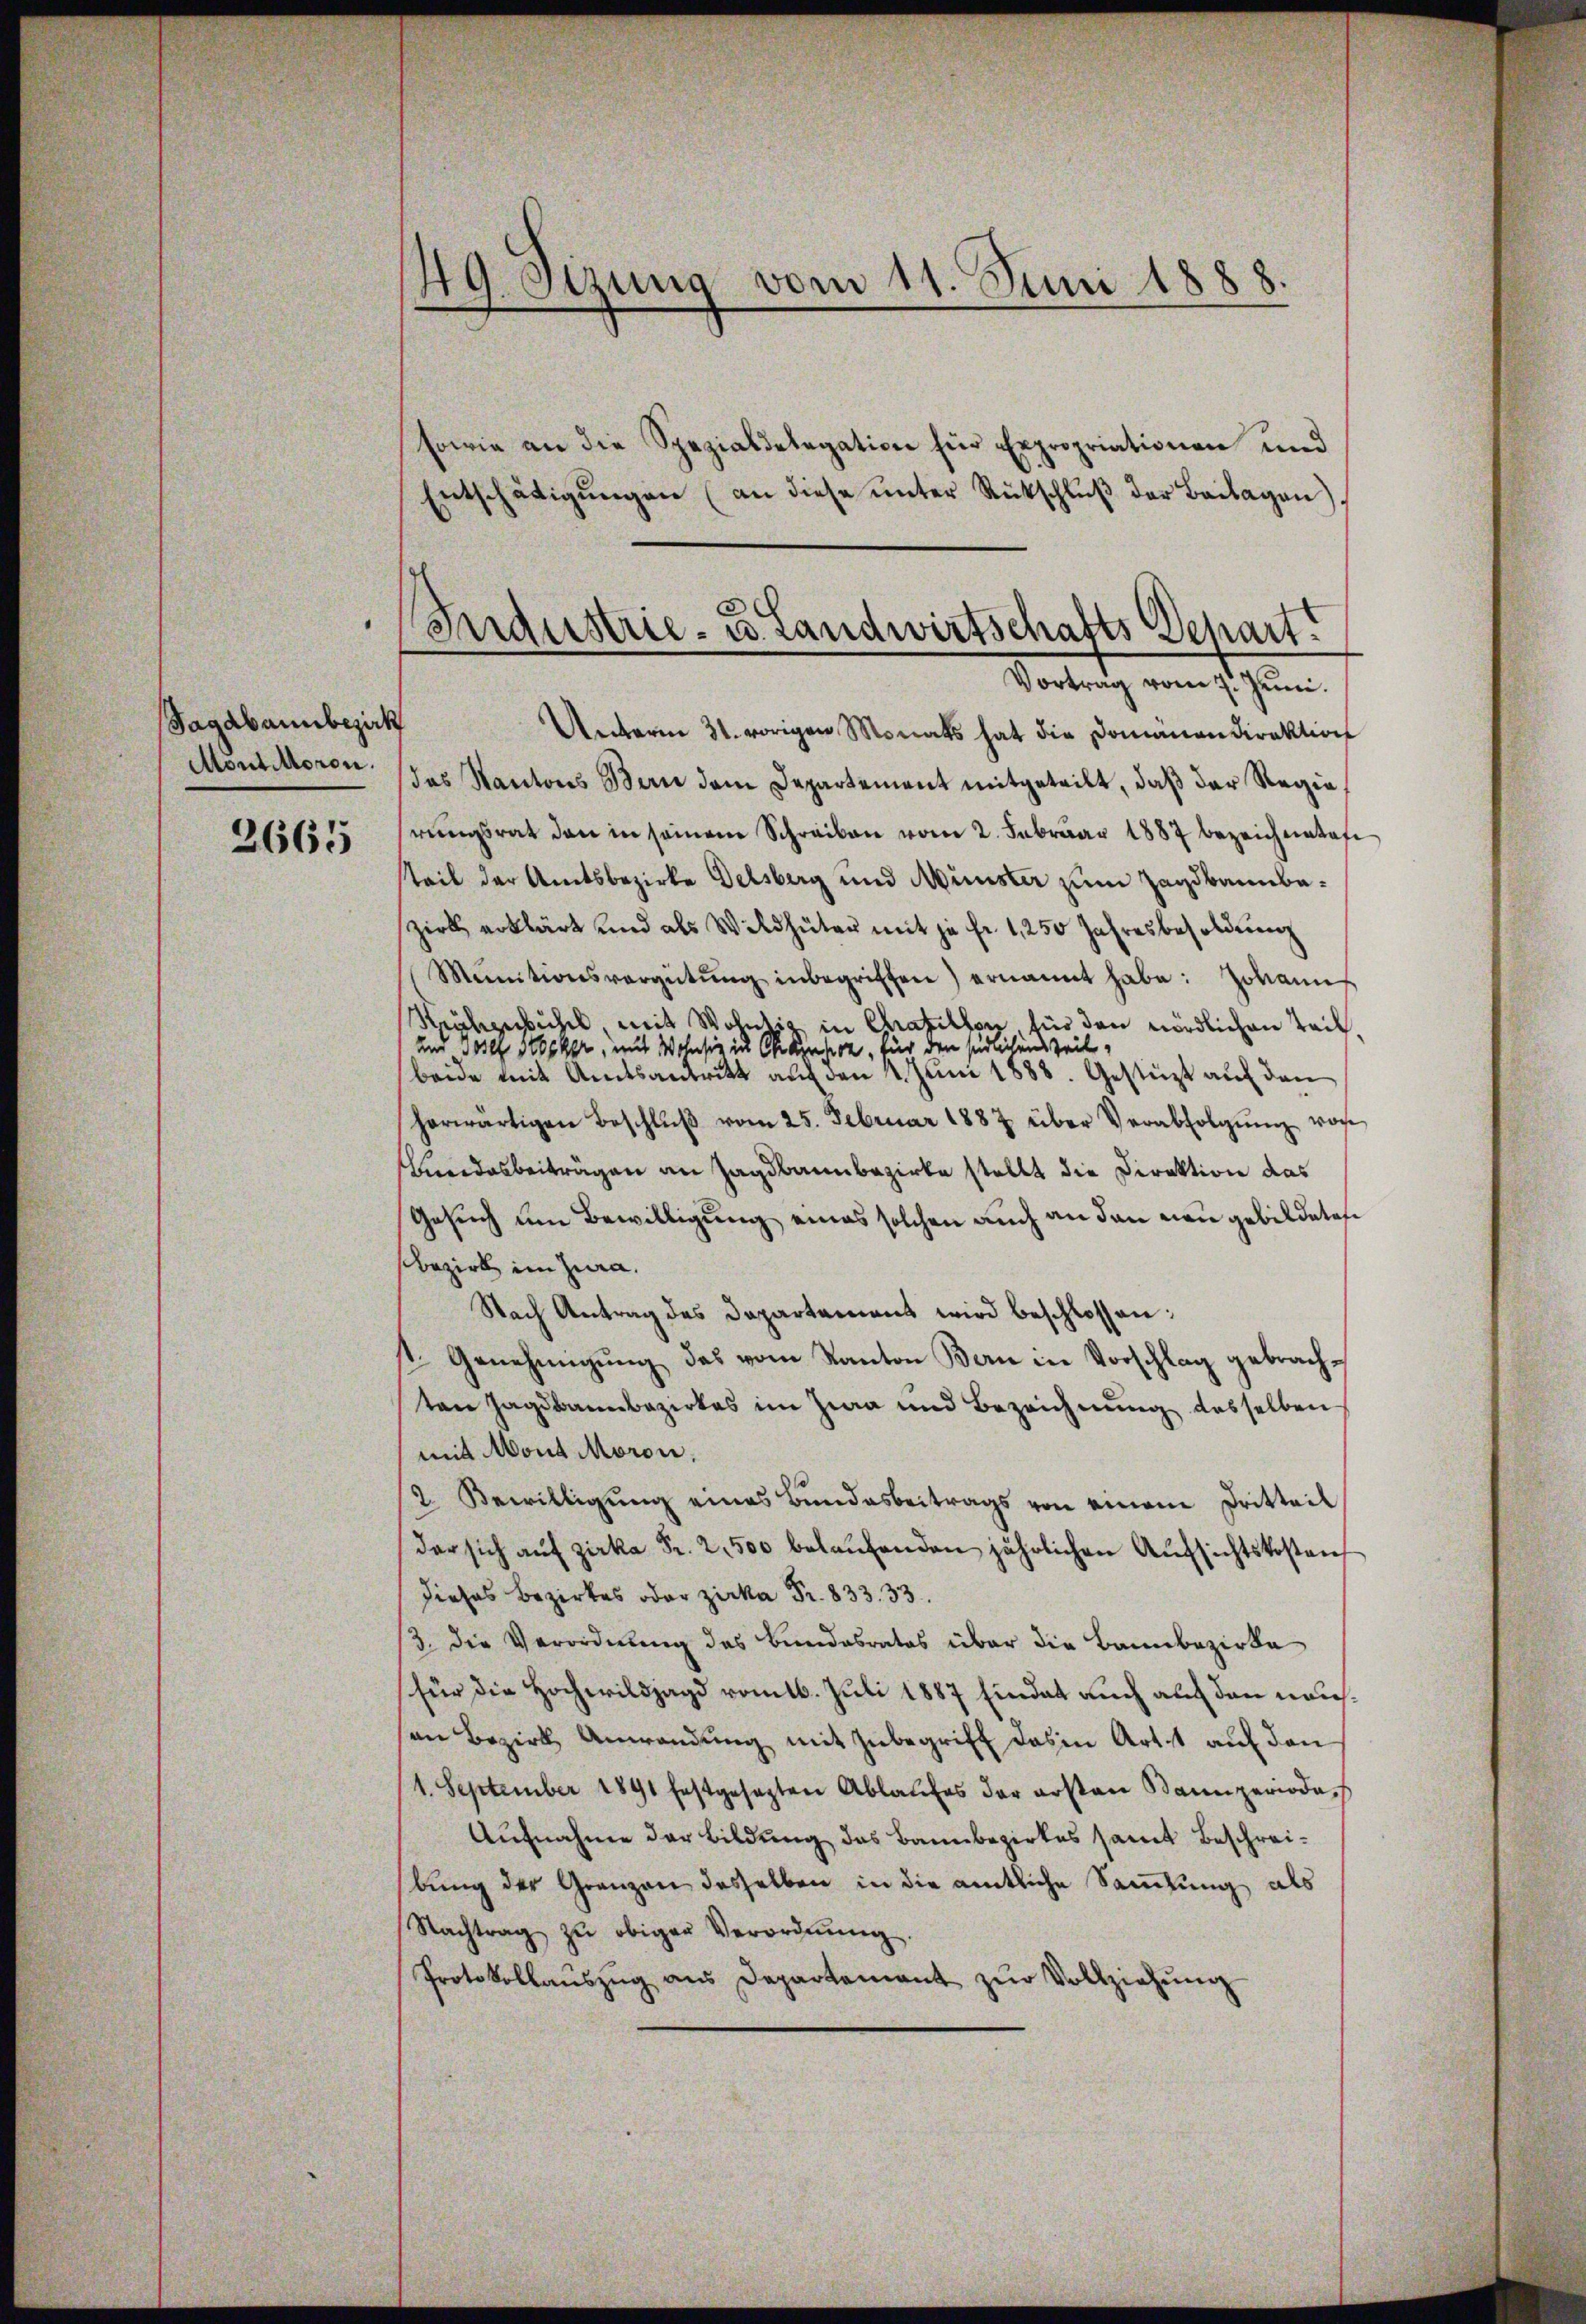
Sagabannbezirk
Mont Moron.
2665

49. Sizung vom 11. Juni 1888.

Industrie- u. Landwirtschafts Schart.
Vortrag vom 7. Juni.

Sowie an die Spezialdelegation für Expropriationen und
Entschädigŭngen (an diese ŭnter Rückschlŭβ der Beilagen).
Unterm 31. vorigen Monats hat die Domänen direktion
das Kantons Bern dem Departement mitgeteilt, daß der Regierŭngsrat den in seinem Schreiben vom 2. Februar 1887 bezeichneten
teil der Amtsbezirke Delsberg und Minister zum Zagdbannbazirk erklärt und als Wildhüter mit ja fr. 1250 Jahresbesoldung
Mainitionsvergütŭng inbegriffen) ernannt habe: Johann
Keulzerbüchel, mit Wolntig in Chrasillon für den nördlichen Teil.
und Josef Stocker, mit Wohnsiz in Chainpoz, für den südlichen Teil-
beide mit Amtsantritt auf den 4. Juni 1888. Gestüzt auf den
herwärtigen Beschlŭβ vom 25. Februar 1887 über Verabfolgŭng von
Bundesbeiträgen an Zagsbannbezirke stellt die Direktion das
Gesuch um Bewilligung eines solchen auch an den neu gebildetes
sbezirk im Jura.
Nach Antrag des Departement wird beschlossen:
st. Genehmigŭng das vom Kanton Bern in Vorschlag gebrachten Jagdbannbezirkes im Zia und Bezeichnung desselben
mit Mont Moron.
2. Bewilligung eines Bundesbeitrags von einem Dritteil
der sich aŭf Zirka Fr. 2, 500 belaufenden jährlichen Aufsichtskosten
dieses Bezirkes oder zu Fr. 833. 33.
/3. die Verordnung des Bundesrates über die Bannbezirke
für die Hochwildjagd vom 16. Juli 1887 findet auch auf den neuen Bezirk Anwendŭng mit Inbegriff das in Art, aŭf den
1. September 1891 festgesezten Ablaufes der ersten Bannperiode,
Aufnahme der Bildung des Bannbezirkes samt Beschreibung der Granzen desselben in die amtliche Samlung als
Nachtrag zŭ obiger Verordnŭng.
Protokollaŭszŭg ans Departement zŭr Vollziehŭng